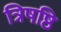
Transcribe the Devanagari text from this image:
त्रिषष्ठि